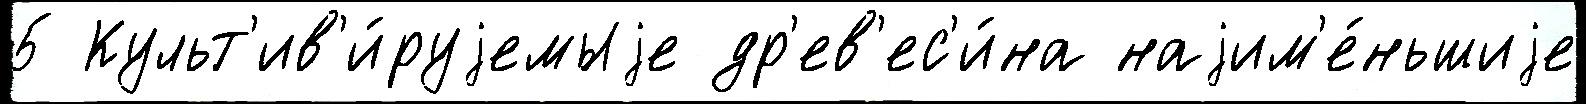
5 Культ'ив'и́руjемыjе др'ев'ес'и́на наjим'е́ньшиjе